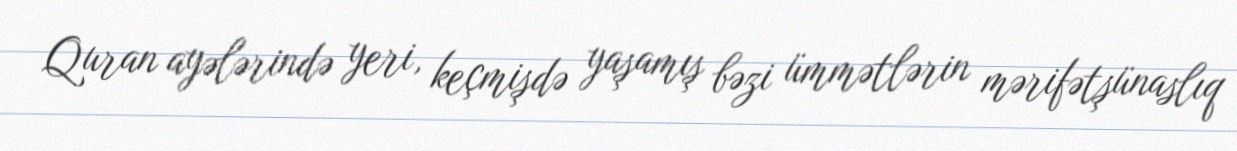
Quran ayələrində yeri, keçmişdə yaşamış bəzi ümmətlərin mərifətşünaslıq